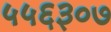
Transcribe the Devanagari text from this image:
५५६३०७